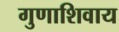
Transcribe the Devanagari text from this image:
गुणाशिवाय